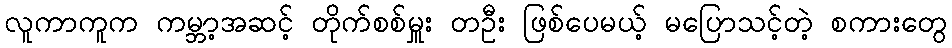
လူကာကူက ကမ္ဘာ့အဆင့် တိုက်စစ်မှူး တဦး ဖြစ်ပေမယ့် မပြောသင့်တဲ့ စကားတွေ